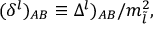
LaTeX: ( \delta ^ { l } ) _ { A B } \equiv \Delta ^ { l } ) _ { A B } / m _ { \tilde { l } } ^ { 2 } ,